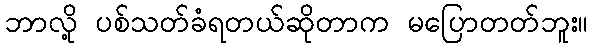
ဘာလို့ ပစ်သတ်ခံရတယ်ဆိုတာက မပြောတတ်ဘူး။